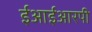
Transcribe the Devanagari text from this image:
ईआईआरपी